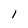
Character: 1